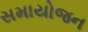
સમાયોજન